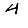
Digit: 4